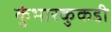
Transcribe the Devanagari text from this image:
कुंभारकुकडी